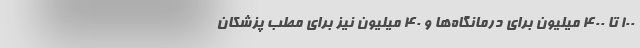
۱۰۰ تا ۴۰۰ میلیون برای درمانگاه‌ها و ۴۰ میلیون نیز برای مطب پزشکان